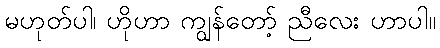
မဟုတ်ပါ၊ ဟိုဟာ ကျွန်တော့် ညီလေး ဟာပါ။